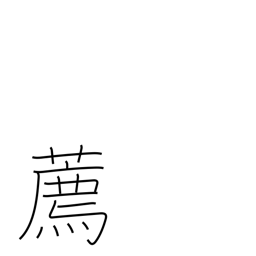
Meaning: encourage